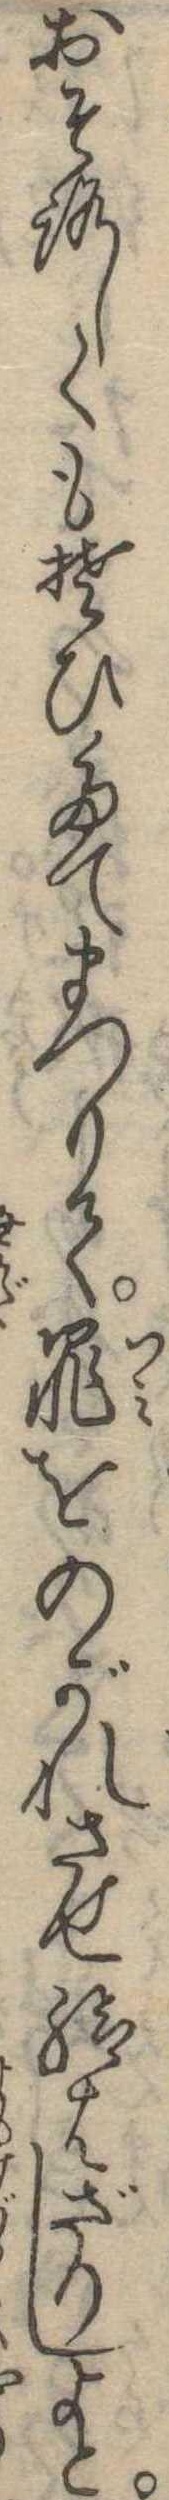
おそろしくもそひたてまつりて罪をのがれさせ給はざりしよと